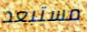
مستبعد